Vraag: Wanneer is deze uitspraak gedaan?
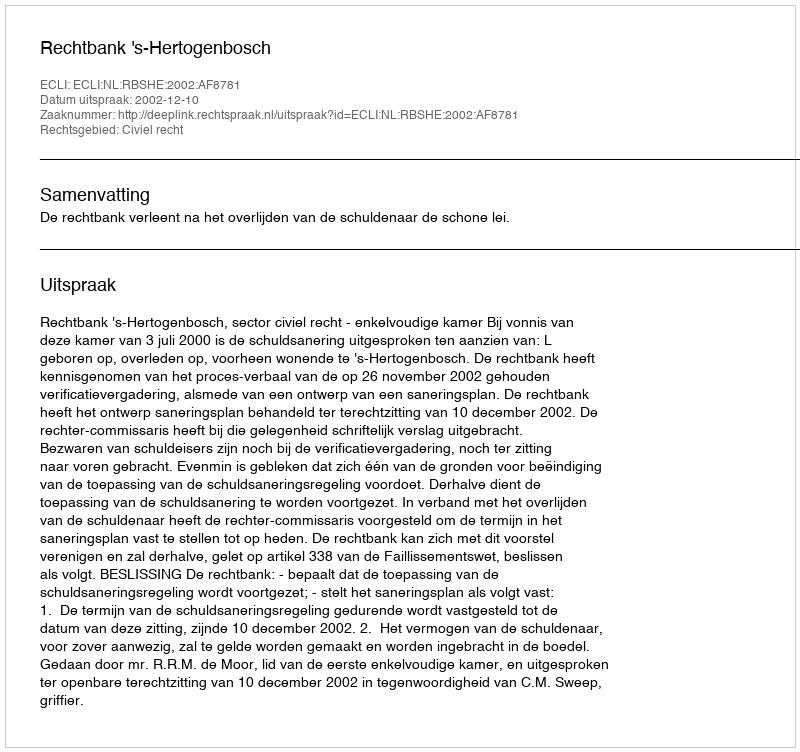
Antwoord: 2002-12-10